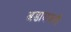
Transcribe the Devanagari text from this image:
अडालजनी